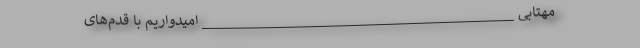
مهتابی _______________________________________ امیدواریم با قدم‌های